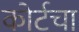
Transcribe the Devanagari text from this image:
कोर्टचा